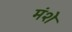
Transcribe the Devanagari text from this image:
मंशे